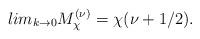
LaTeX: \begin{align*}lim_{k\rightarrow0}M_{\chi}^{(\nu)}=\chi(\nu+1/2).\end{align*}